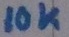
Text: 10K